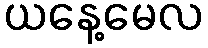
ယနေ့မေလ